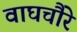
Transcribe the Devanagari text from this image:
वाघचौरे